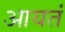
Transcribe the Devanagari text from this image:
आयतं